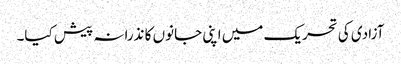
آزادی کی تحریک میں اپنی جانوں کا نذرانہ پیش کیا۔